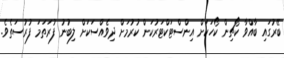
ބޭރުގައި ބާއްވާ ކޯޗިން ކޯހަކަށް އިންސްޓަކްޓަރުކަން ކުރުމަށް ދިވެއްސަކަށް ލިބުނު ފުރަތަމަ ފުރުސަތެވެ.